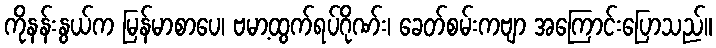
ကိုနန်းနွယ်က မြန်မာစာပေ၊ ဗမာ့ထွက်ရပ်ဂိုဏ်း၊ ခေတ်စမ်းကဗျာ အကြောင်းပြောသည်။